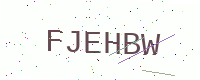
Text: FJEHBW